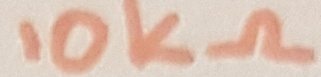
Text: 10KΩ